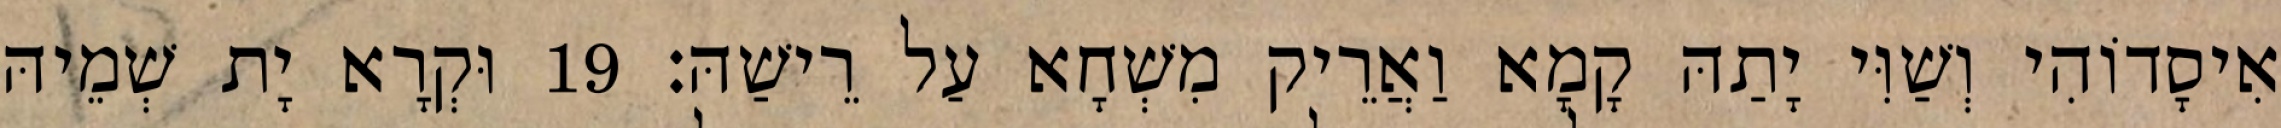
אִיסָדוֹהִי וְשַׁוִּי יָתַהּ קָמָא וַאֲרֵיק מִשְׁחָא עַל רֵישַׁהּ׃ 19 וּקְרָא יָת שְׁמֵיהּ